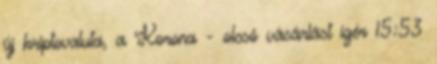
új kriptovaluta, a Korona - olcsó vásárlást ígér 15:53